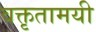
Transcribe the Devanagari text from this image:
वक्तृतामयी